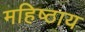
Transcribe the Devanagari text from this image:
महिष्ठाय